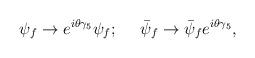
LaTeX: \begin{align*}\psi_f \rightarrow e^{i\theta\gamma_5} \psi_f;\ \ \ \ \bar\psi_f \rightarrow \bar\psi_f e^{i\theta\gamma_5} ,\end{align*}